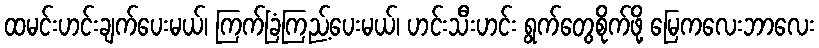
ထမင်းဟင်းချက်ပေးမယ်၊ ကြက်ခြံကြည့်ပေးမယ်၊ ဟင်းသီးဟင်း ရွက်တွေစိုက်ဖို့ မြေကလေးဘာလေး